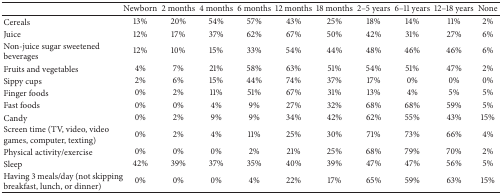
<table><thead><tr><td><b> </b></td><td><b>Newborn</b></td><td><b>2 months</b></td><td><b>4 months</b></td><td><b>6 months</b></td><td><b>12 months</b></td><td><b>18 months</b></td><td><b>2–5 years</b></td><td><b>6–11 years</b></td><td><b>12–18 years</b></td><td><b>None</b></td></tr></thead><tbody><tr><td>Cereals</td><td>13%</td><td>20%</td><td>54%</td><td>57%</td><td>43%</td><td>25%</td><td>18%</td><td>14%</td><td>11%</td><td>2%</td></tr><tr><td>Juice</td><td>12%</td><td>17%</td><td>37%</td><td>62%</td><td>67%</td><td>50%</td><td>42%</td><td>31%</td><td>27%</td><td>6%</td></tr><tr><td>Non-juice sugar sweetened beverages</td><td>12%</td><td>10%</td><td>15%</td><td>33%</td><td>54%</td><td>44%</td><td>48%</td><td>46%</td><td>46%</td><td>6%</td></tr><tr><td>Fruits and vegetables</td><td>4%</td><td>7%</td><td>21%</td><td>58%</td><td>63%</td><td>51%</td><td>54%</td><td>51%</td><td>47%</td><td>2%</td></tr><tr><td>Sippy cups</td><td>2%</td><td>6%</td><td>15%</td><td>44%</td><td>74%</td><td>37%</td><td>17%</td><td>0%</td><td>0%</td><td>0%</td></tr><tr><td>Finger foods</td><td>0%</td><td>2%</td><td>11%</td><td>51%</td><td>67%</td><td>31%</td><td>13%</td><td>4%</td><td>5%</td><td>5%</td></tr><tr><td>Fast foods</td><td>0%</td><td>0%</td><td>4%</td><td>9%</td><td>27%</td><td>32%</td><td>68%</td><td>68%</td><td>59%</td><td>5%</td></tr><tr><td>Candy</td><td>0%</td><td>2%</td><td>9%</td><td>9%</td><td>34%</td><td>42%</td><td>62%</td><td>55%</td><td>43%</td><td>15%</td></tr><tr><td>Screen time (TV, video, video games, computer, texting)</td><td>0%</td><td>2%</td><td>4%</td><td>11%</td><td>25%</td><td>30%</td><td>71%</td><td>73%</td><td>66%</td><td>4%</td></tr><tr><td>Physical activity/exercise</td><td>0%</td><td>0%</td><td>0%</td><td>2%</td><td>21%</td><td>25%</td><td>68%</td><td>79%</td><td>70%</td><td>2%</td></tr><tr><td>Sleep</td><td>42%</td><td>39%</td><td>37%</td><td>35%</td><td>40%</td><td>39%</td><td>47%</td><td>47%</td><td>56%</td><td>5%</td></tr><tr><td>Having 3 meals/day (not skipping breakfast, lunch, or dinner)</td><td>0%</td><td>0%</td><td>0%</td><td>4%</td><td>22%</td><td>17%</td><td>65%</td><td>59%</td><td>63%</td><td>15%</td></tr></tbody></table>